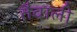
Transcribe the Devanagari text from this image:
तैवाली